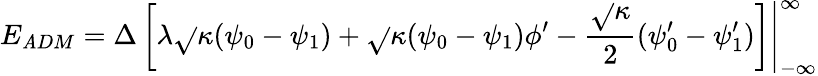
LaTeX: E_{\mathit{A}DM}=\left.{\Delta}\left[{\lambda}\sqrt{}{{\kappa}}({\psi}_{0}-{\psi}_{1})+\sqrt{}{{\kappa}}({\psi}_{0}-{\psi}_{1}){\phi}^{\prime}-\frac{{\sqrt{}{{\kappa}}}}{{2}}({\psi}_{0}^{\prime}-{\psi}_{1}^{\prime})\right]\right|_{-\infty}^{\infty}